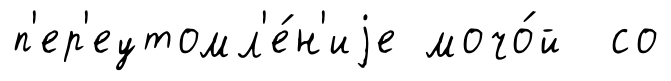
п'ер'еутомл'е́н'иjе мочо́й со